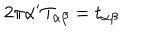
2 \pi \alpha ^ { \prime } T _ { \alpha \beta } = t _ { \alpha \beta }